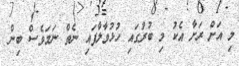
މި އަށް ރަށާ އެކު މި ބުރުގައި ހުޅުވާލާފައި ނެތް ނަމަވެސް ބިން